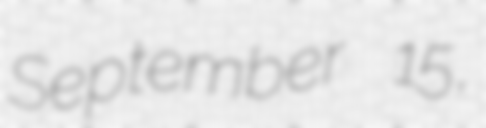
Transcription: September 15,